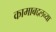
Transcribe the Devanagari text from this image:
कामाबद्दलच्या